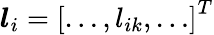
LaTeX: \boldsymbol{l}_{i}=\left[\ldots,l_{ik},\ldots\right]^{T}